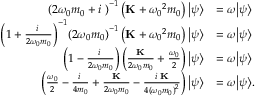
\begin{array} { r l } { { { \left( { 2 { \omega _ { 0 } } m _ { 0 } + i { \bf { \Gamma } } } \right) } ^ { - 1 } } \left( { { \bf { K } } + { \omega _ { 0 } } ^ { 2 } m _ { 0 } } \right) { \left| \psi \right\rangle } } & { = \omega { \left| \psi \right\rangle } } \\ { { { \left( { 1 + \frac { { i { \bf { \Gamma } } } } { { 2 { \omega _ { 0 } } m _ { 0 } } } } \right) } ^ { - 1 } } { { \left( { 2 { \omega _ { 0 } } } m _ { 0 } \right) } ^ { - 1 } } \left( { { \bf { K } } + { \omega _ { 0 } } ^ { 2 } m _ { 0 } } \right) { \left| \psi \right\rangle } } & { = \omega { \left| \psi \right\rangle } } \\ { \left( { 1 - \frac { { i { \bf { \Gamma } } } } { { 2 { \omega _ { 0 } } m _ { 0 } } } } \right) \left( { \frac { { \bf { K } } } { { 2 { \omega _ { 0 } } m _ { 0 } } } + \frac { { { \omega _ { 0 } } } } { 2 } } \right) { \left| \psi \right\rangle } } & { = \omega { \left| \psi \right\rangle } } \\ { \left( { \frac { { { \omega _ { 0 } } } } { 2 } - \frac { { i { \bf { \Gamma } } } } { 4 m _ { 0 } } + \frac { { \bf { K } } } { { 2 { \omega _ { 0 } } m _ { 0 } } } - \frac { { i { \bf { \Gamma } \mathbf { K } } } } { { 4 { ( \omega _ { 0 } m _ { 0 } ) } ^ { 2 } } } } \right) { \left| \psi \right\rangle } } & { = \omega { \left| \psi \right\rangle } . } \end{array}